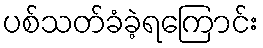
ပစ်သတ်ခံခဲ့ရကြောင်း